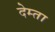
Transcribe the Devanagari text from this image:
देम्ता